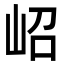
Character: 岹